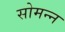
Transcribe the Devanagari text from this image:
सोमन्न